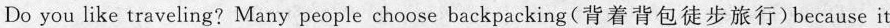
Do you like traveling? Many people choose backpacking(背着背包徒步旅行)because it